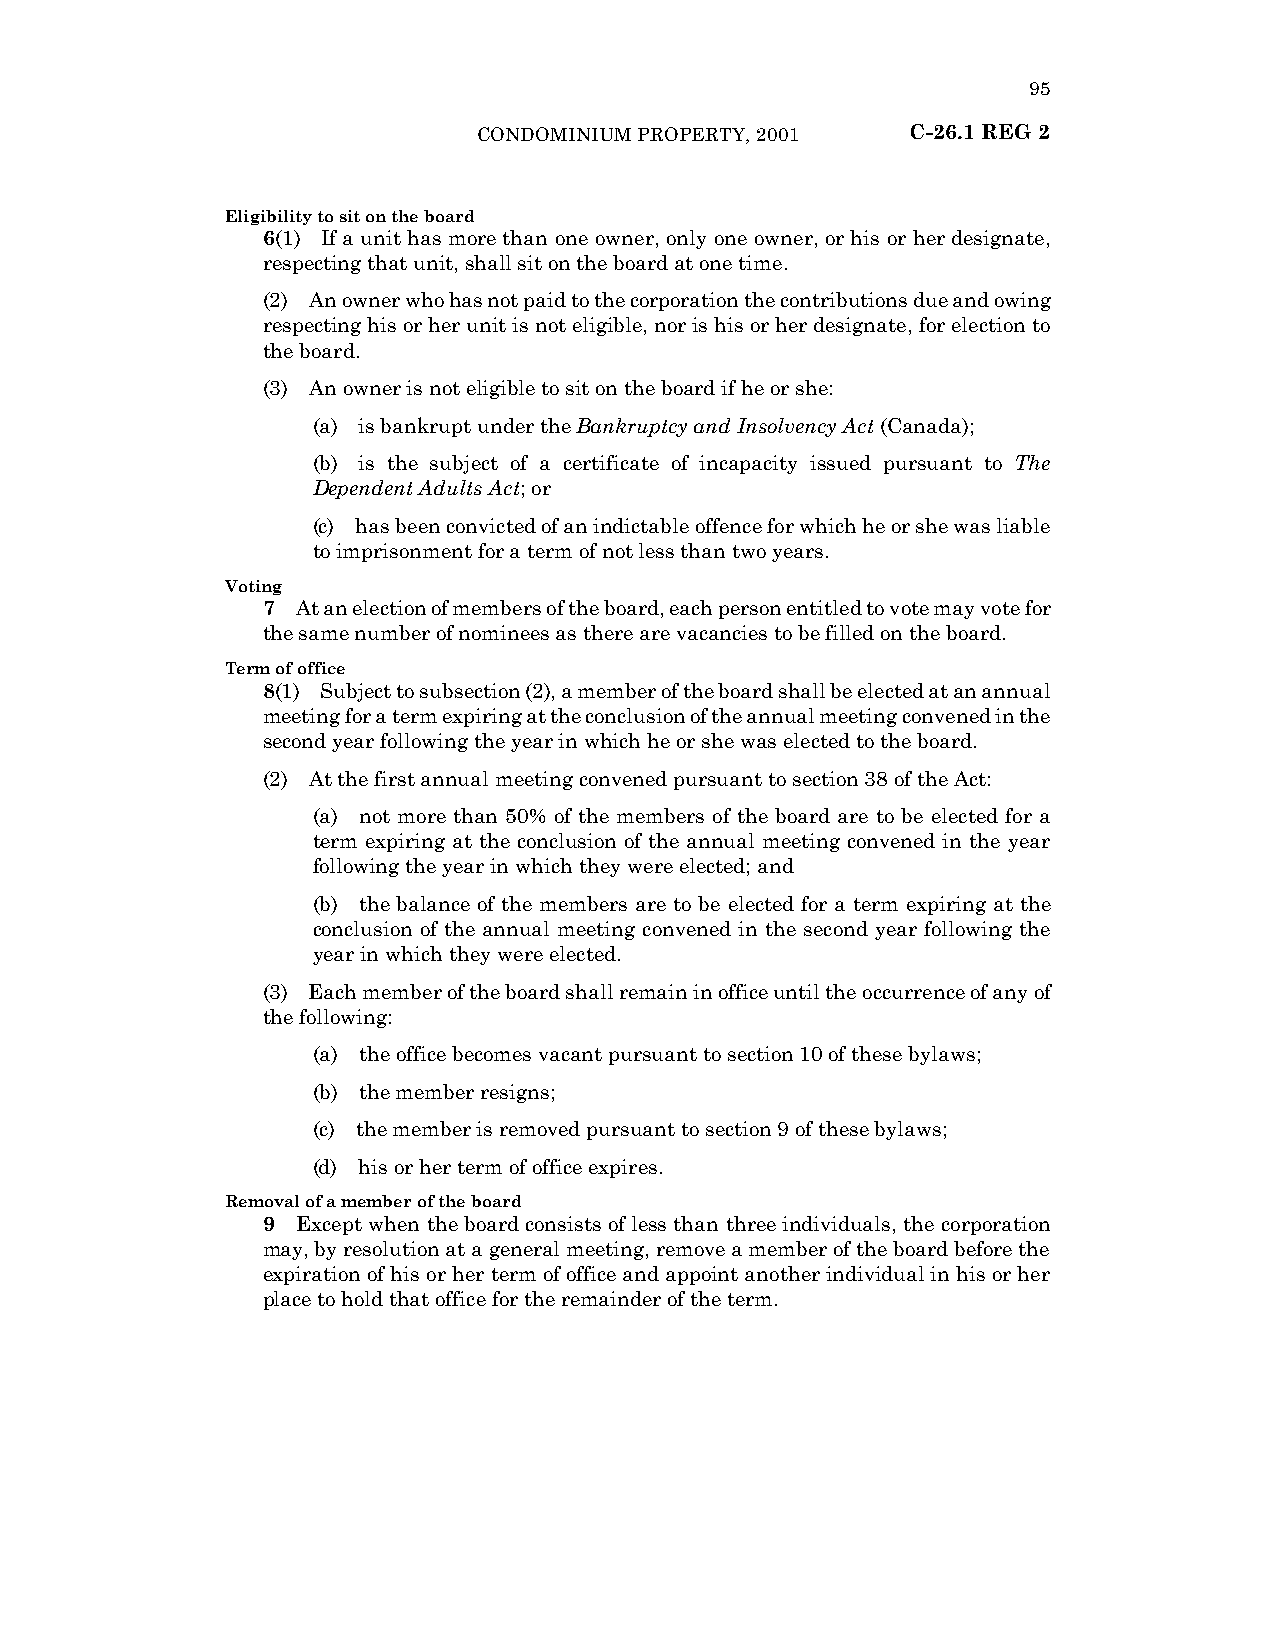
95
 CONDOMINIUM PROPERTY, 2001  C-26.1 REG 2
 Eligibility to sit on the board
 6(1) If a unit has more than one owner, only one owner, or his or her designate,
 respecting that unit, shall sit on the board at one time.
 (2) An owner who has not paid to the corporation the contributions due and owing
 respecting his or her unit is not eligible, nor is his or her designate, for election to
 the board.
 (3) An owner is not eligible to sit on the board if he or she:
 (a) is bankrupt under the Bankruptcy and Insolvency Act (Canada);
 (b) is the subject of a certificate of incapacity issued pursuant to The
 Dependent Adults Act; or
 (c) has been convicted of an indictable offence for which he or she was liable
 to imprisonment for a term of not less than two years.
 Voting
 7  At an election of members of the board, each person entitled to vote may vote for
 the same number of nominees as there are vacancies to be filled on the board.
 Term of office
 8(1) Subject to subsection (2), a member of the board shall be elected at an annual
 meeting for a term expiring at the conclusion of the annual meeting convened in the
 second year following the year in which he or she was elected to the board.
 (2) At the first annual meeting convened pursuant to section 38 of the Act:
 (a) not more than 50% of the members of the board are to be elected for a
 term expiring at the conclusion of the annual meeting convened in the year
 following the year in which they were elected; and
 (b) the balance of the members are to be elected for a term expiring at the
 conclusion of the annual meeting convened in the second year following the
 year in which they were elected.
 (3) Each member of the board shall remain in office until the occurrence of any of
 the following:
 (a) the office becomes vacant pursuant to section 10 of these bylaws;
 (b) the member resigns;
 (c) the member is removed pursuant to section 9 of these bylaws;
 (d) his or her term of office expires.
 Removal of a member of the board
 9  Except when the board consists of less than three individuals, the corporation
 may, by resolution at a general meeting, remove a member of the board before the
 expiration of his or her term of office and appoint another individual in his or her
 place to hold that office for the remainder of the term.